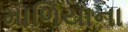
માળિયાના